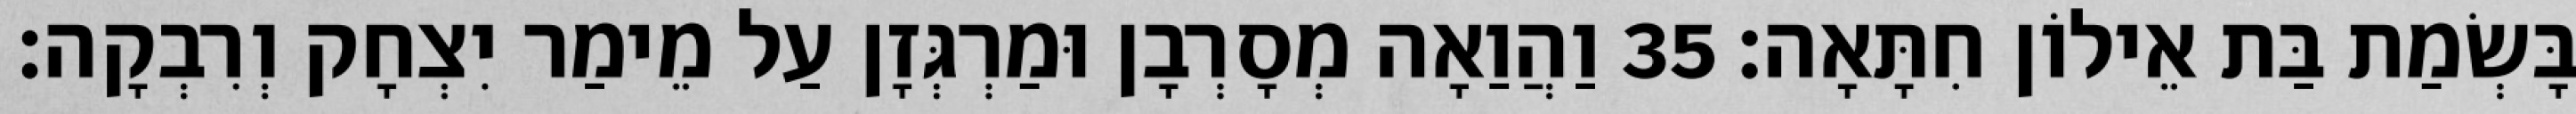
בָּשְׂמַת בַּת אֵילוֹן חִתָּאָה׃ 35 וַהֲוַאָה מְסָרְבָן וּמַרְגְּזָן עַל מֵימַר יִצְחָק וְרִבְקָה׃